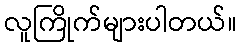
လူကြိုက်များပါတယ်။